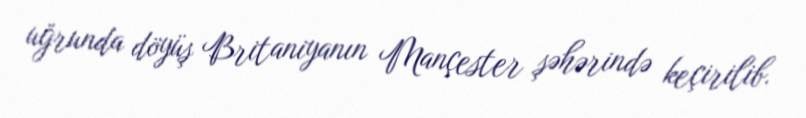
uğrunda döyüş Britaniyanın Mançester şəhərində keçirilib.